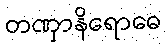
တဏှာနိရောဓေ